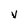
Character: V